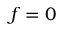
f = 0